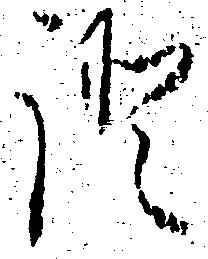
証